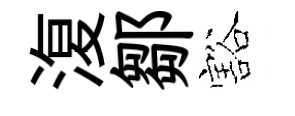
𣸪鄒豁